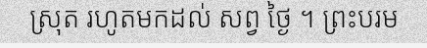
ស្រុត រហូតមកដល់ សព្វ ថ្ងៃ ។ ព្រះបរម